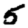
Digit: 5